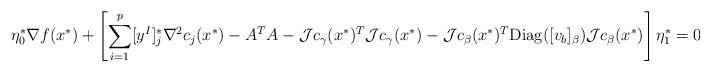
LaTeX: \begin{align*} \begin{array}{l} \eta_0^*\nabla f(x^*)+\left[\displaystyle \sum_{i=1}^p[y^I]^*_j\nabla^2 c_j(x^*)-A^TA-{\cal J}c_{\gamma}(x^*)^T{\cal J}c_{\gamma}(x^*)-{\cal J}c_{\beta}(x^*)^T{\rm Diag}([v_b]_{\beta}){\cal J}c_{\beta}(x^*)\right]\eta^*_1=0, \end{array} \end{align*}